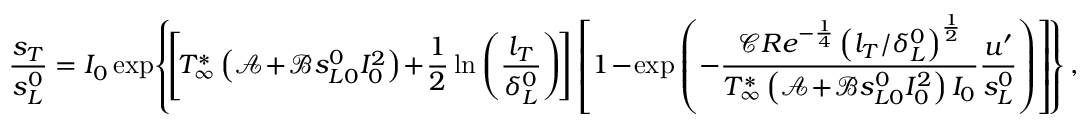
\frac { s _ { T } } { s _ { L } ^ { 0 } } = I _ { 0 } \exp \! \left\{ \! \left[ \! T _ { \infty } ^ { * } \left( \mathcal { A } \! + \! \mathcal { B } s _ { L 0 } ^ { 0 } I _ { 0 } ^ { 2 } \right) \! + \! \frac { 1 } { 2 } \ln \left( \frac { l _ { T } } { \delta _ { L } ^ { 0 } } \right) \! \right] \left[ 1 \! - \! \exp \left( - \frac { \mathcal { C } R e ^ { - \frac { 1 } { 4 } } \left( l _ { T } / \delta _ { L } ^ { 0 } \right) ^ { \frac { 1 } { 2 } } } { T _ { \infty } ^ { * } \left( \mathcal { A } \! + \! \mathcal { B } s _ { L 0 } ^ { 0 } I _ { 0 } ^ { 2 } \right) I _ { 0 } } \frac { u ^ { \prime } } { s _ { L } ^ { 0 } } \right) \right] \! \right\} ,